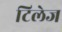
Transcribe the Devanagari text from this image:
टिलेज